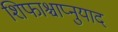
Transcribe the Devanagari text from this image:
शिफाश्चाप्नुयाद